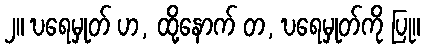
၂။ ဎရေမှုတ် ဟ, ထို့နောက် တ, ဎရေမှုတ်ကို ပြု။